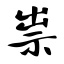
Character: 祟